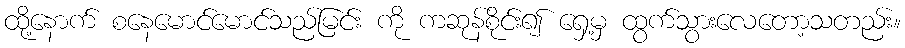
ထို့နောက် စနေမောင်မောင်သည်မြင်း ကို ကဆုန်စိုင်း၍ ရှေ့မှ ထွက်သွားလေတော့သတည်း။